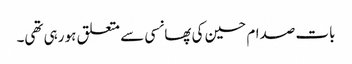
بات صدام حسین کی پھانسی سے متعلق ہو رہی تھی۔